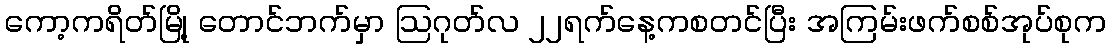
ကော့ကရိတ်မြို့ တောင်ဘက်မှာ ဩဂုတ်လ ၂၂ရက်နေ့ကစတင်ပြီး အကြမ်းဖက်စစ်အုပ်စုက